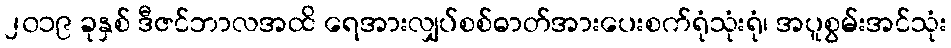
၂၀၁၉ ခုနှစ် ဒီဇင်ဘာလအထိ ရေအားလျှပ်စစ်ဓာတ်အားပေးစက်ရုံသုံးရုံ၊ အပူစွမ်းအင်သုံး